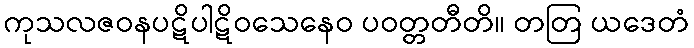
ကုသလဇဝနပဋိပါဋိဝသေနေဝ ပဝတ္တတီတိ။ တတြ ယဒေတံ